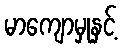
မာကျောမှုနှင့်